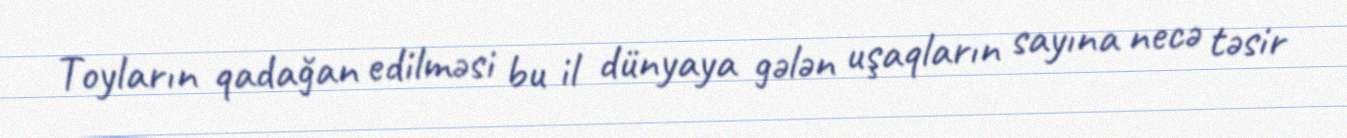
Toyların qadağan edilməsi bu il dünyaya gələn uşaqların sayına necə təsir